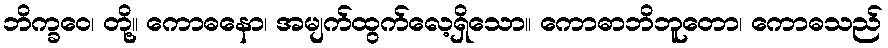
ဘိက္ခဝေ၊ တို့။ ကောဓနော၊ အမျက်ထွက်လေ့ရှိသော။ ကောဓာဘိဘူတော၊ ကောဓသည်